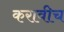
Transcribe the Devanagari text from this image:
करावीच